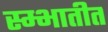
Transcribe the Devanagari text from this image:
स्म्भातीत